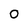
Character: 0